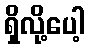
ရှိလို့ပေါ့